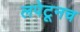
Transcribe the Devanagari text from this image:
लपेटूनच